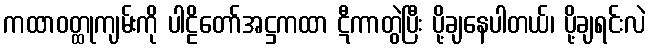
ကထာဝတ္ထုကျမ်းကို ပါဠိတော်အဋ္ဌကထာ ဋီကာတွဲပြီး ပို့ချနေပါတယ်၊ ပို့ချရင်းလဲ